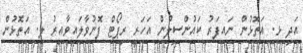
އަދި ޅ. އަތޮޅުން ނައިފަރު ކައުންސިލުން އަހަރީ ރިޕޯޓް ފޮނުވާލައިވާއިރު ލ. އަތޮޅުން